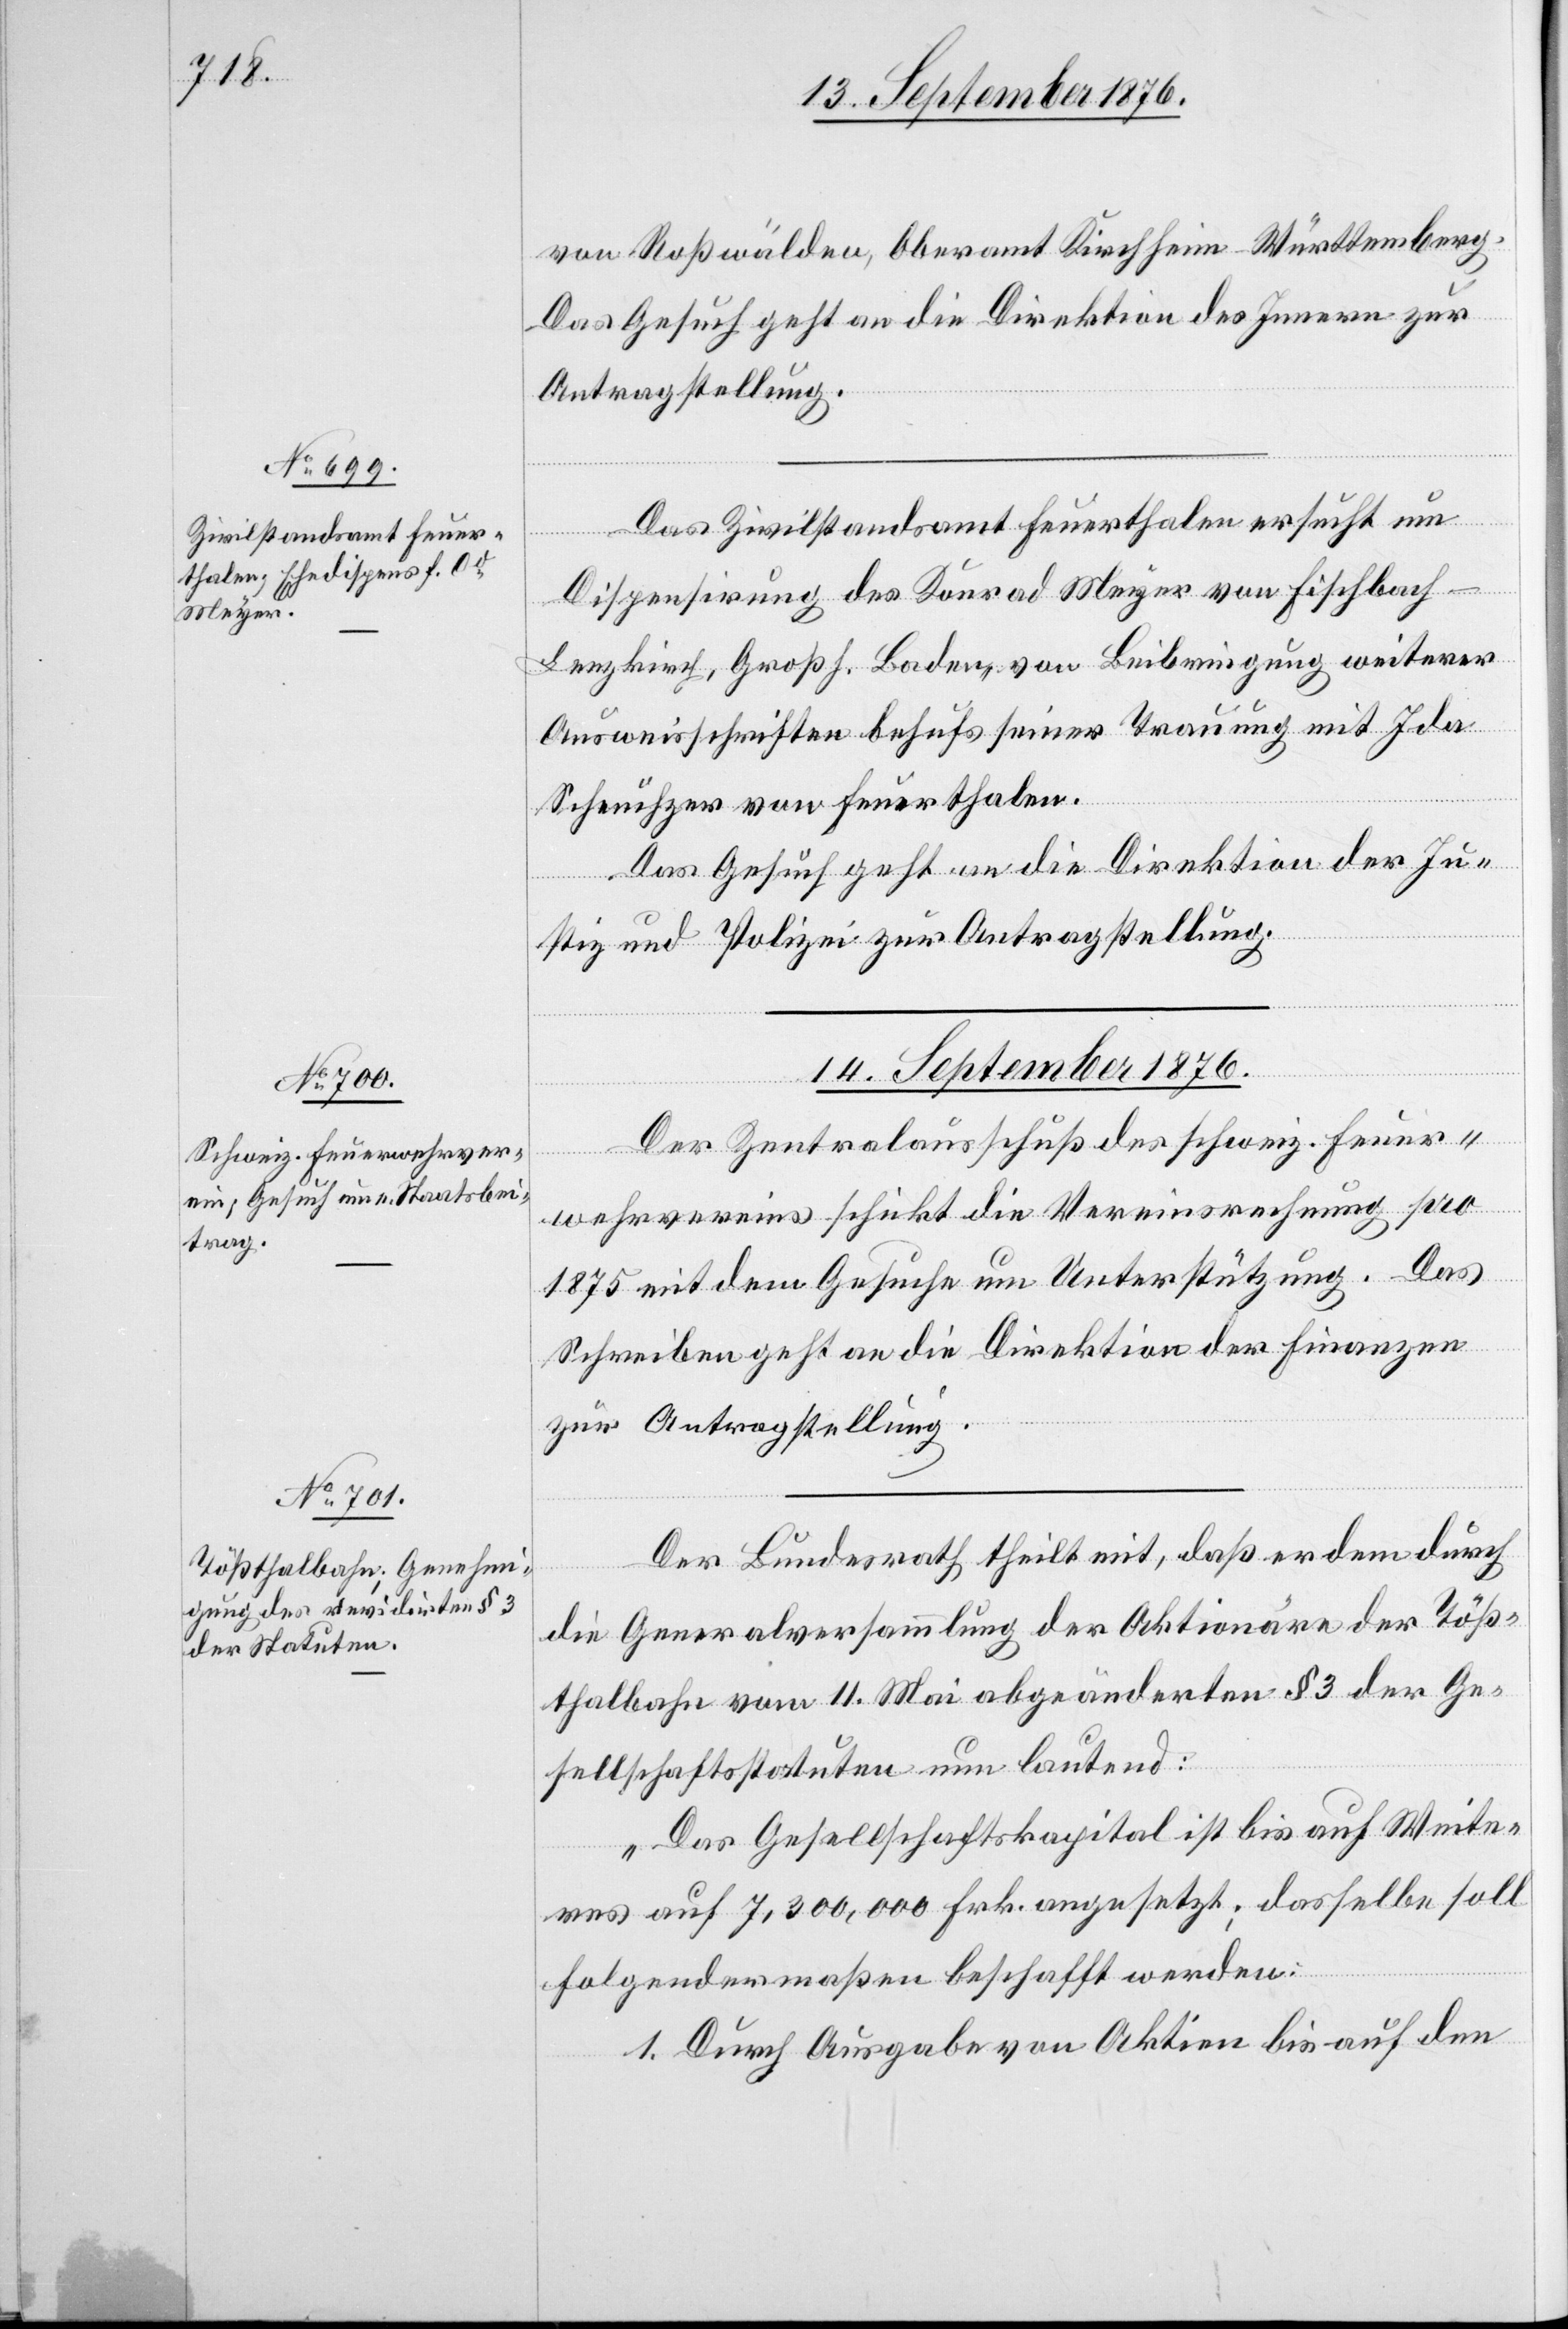
13. September 1876.]
von Roßwälden, Oberamt Kirchheim - Württemberg.
Das Gesuch geht an die Direktion des Innern zur
Antragstellung.
Das Zivilstandsamt Feuerthalen ersucht um
Dispensirung des Konrad Meyer von Fischbach
Lenzkirch, Großh. Baden, von Beibringung weiterer
Ausweisschriften behufs seiner Trauung mit Ida
Scheuchzer von Feuerthalen.
Das Gesuch geht an die Direktion der Ju¬
stiz und Polizei zur Antragstellung.
14. September 1876.]
Der Zentralausschuß des schweiz. Feuer¬
wehrvereins schickt die Vereinsrechnung pro
1875 mit dem Gesuche um Unterstützung. Das
Schreiben geht an die Direktion der Finanzen
zur Antragstellung.
Der Bundesrath theilt mit, daß er dem durch
die Generalversammlung der Aktionäre der Töß¬
thalbahn vom 11. Mai abgeänderten § 3 der Ge¬
sellschaftsstatuten nun lautend:
„Das Gesellschaftskapital ist bis auf Weite¬
res auf 7,300,000 Frk. angesetzt; dasselbe soll
folgendermaßen beschafft werden:
1. Durch Ausgabe von Aktien bis auf den